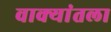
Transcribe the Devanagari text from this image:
वाक्यांतला